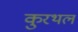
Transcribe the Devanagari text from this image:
कुरथल